Lock hospitals Punjab
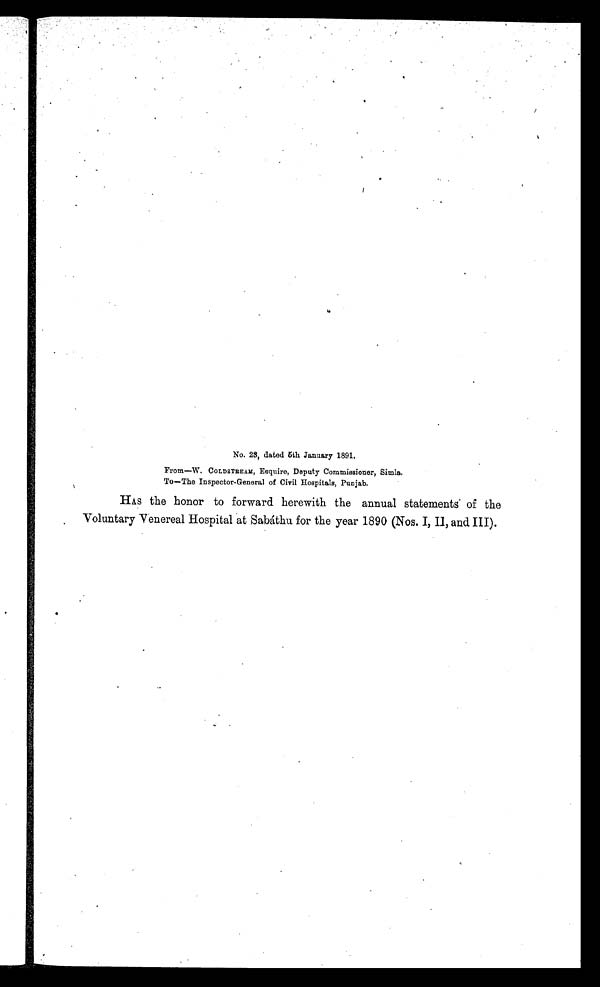
No. 23, dated 5th January 1891.
From—W. COLDSTREAM, Esquire, Deputy Commissioner, Simla.
To—The Inspector-General of Civil Hospitals, Punjab.
HAS the honor to forward herewith the annual statements of the
Voluntary Venereal Hospital at Sabáthu for the year 1890 (Nos. I, II, and III).